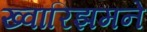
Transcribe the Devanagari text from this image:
ख्वारिझमने